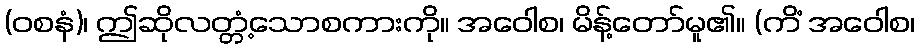
(ဝစနံ)၊ ဤဆိုလတ္တံ့သောစကားကို။ အဝေါစ၊ မိန့်တော်မူ၏။ (ကိံ အဝေါစ၊